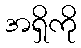
အရှိကို